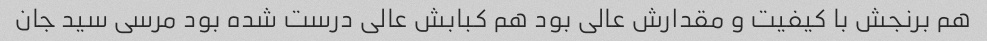
هم برنجش با کیفیت و مقدارش عالی بود هم کبابش عالی درست شده بود مرسی سید جان